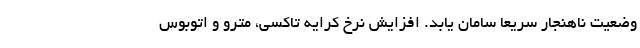
وضعیت ناهنجار سریعا سامان یابد. افزایش نرخ کرایه تاکسی، مترو و اتوبوس